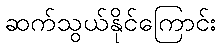
ဆက်သွယ်နိုင်ကြောင်း